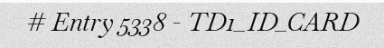
# Entry 5338 - TD1_ID_CARD